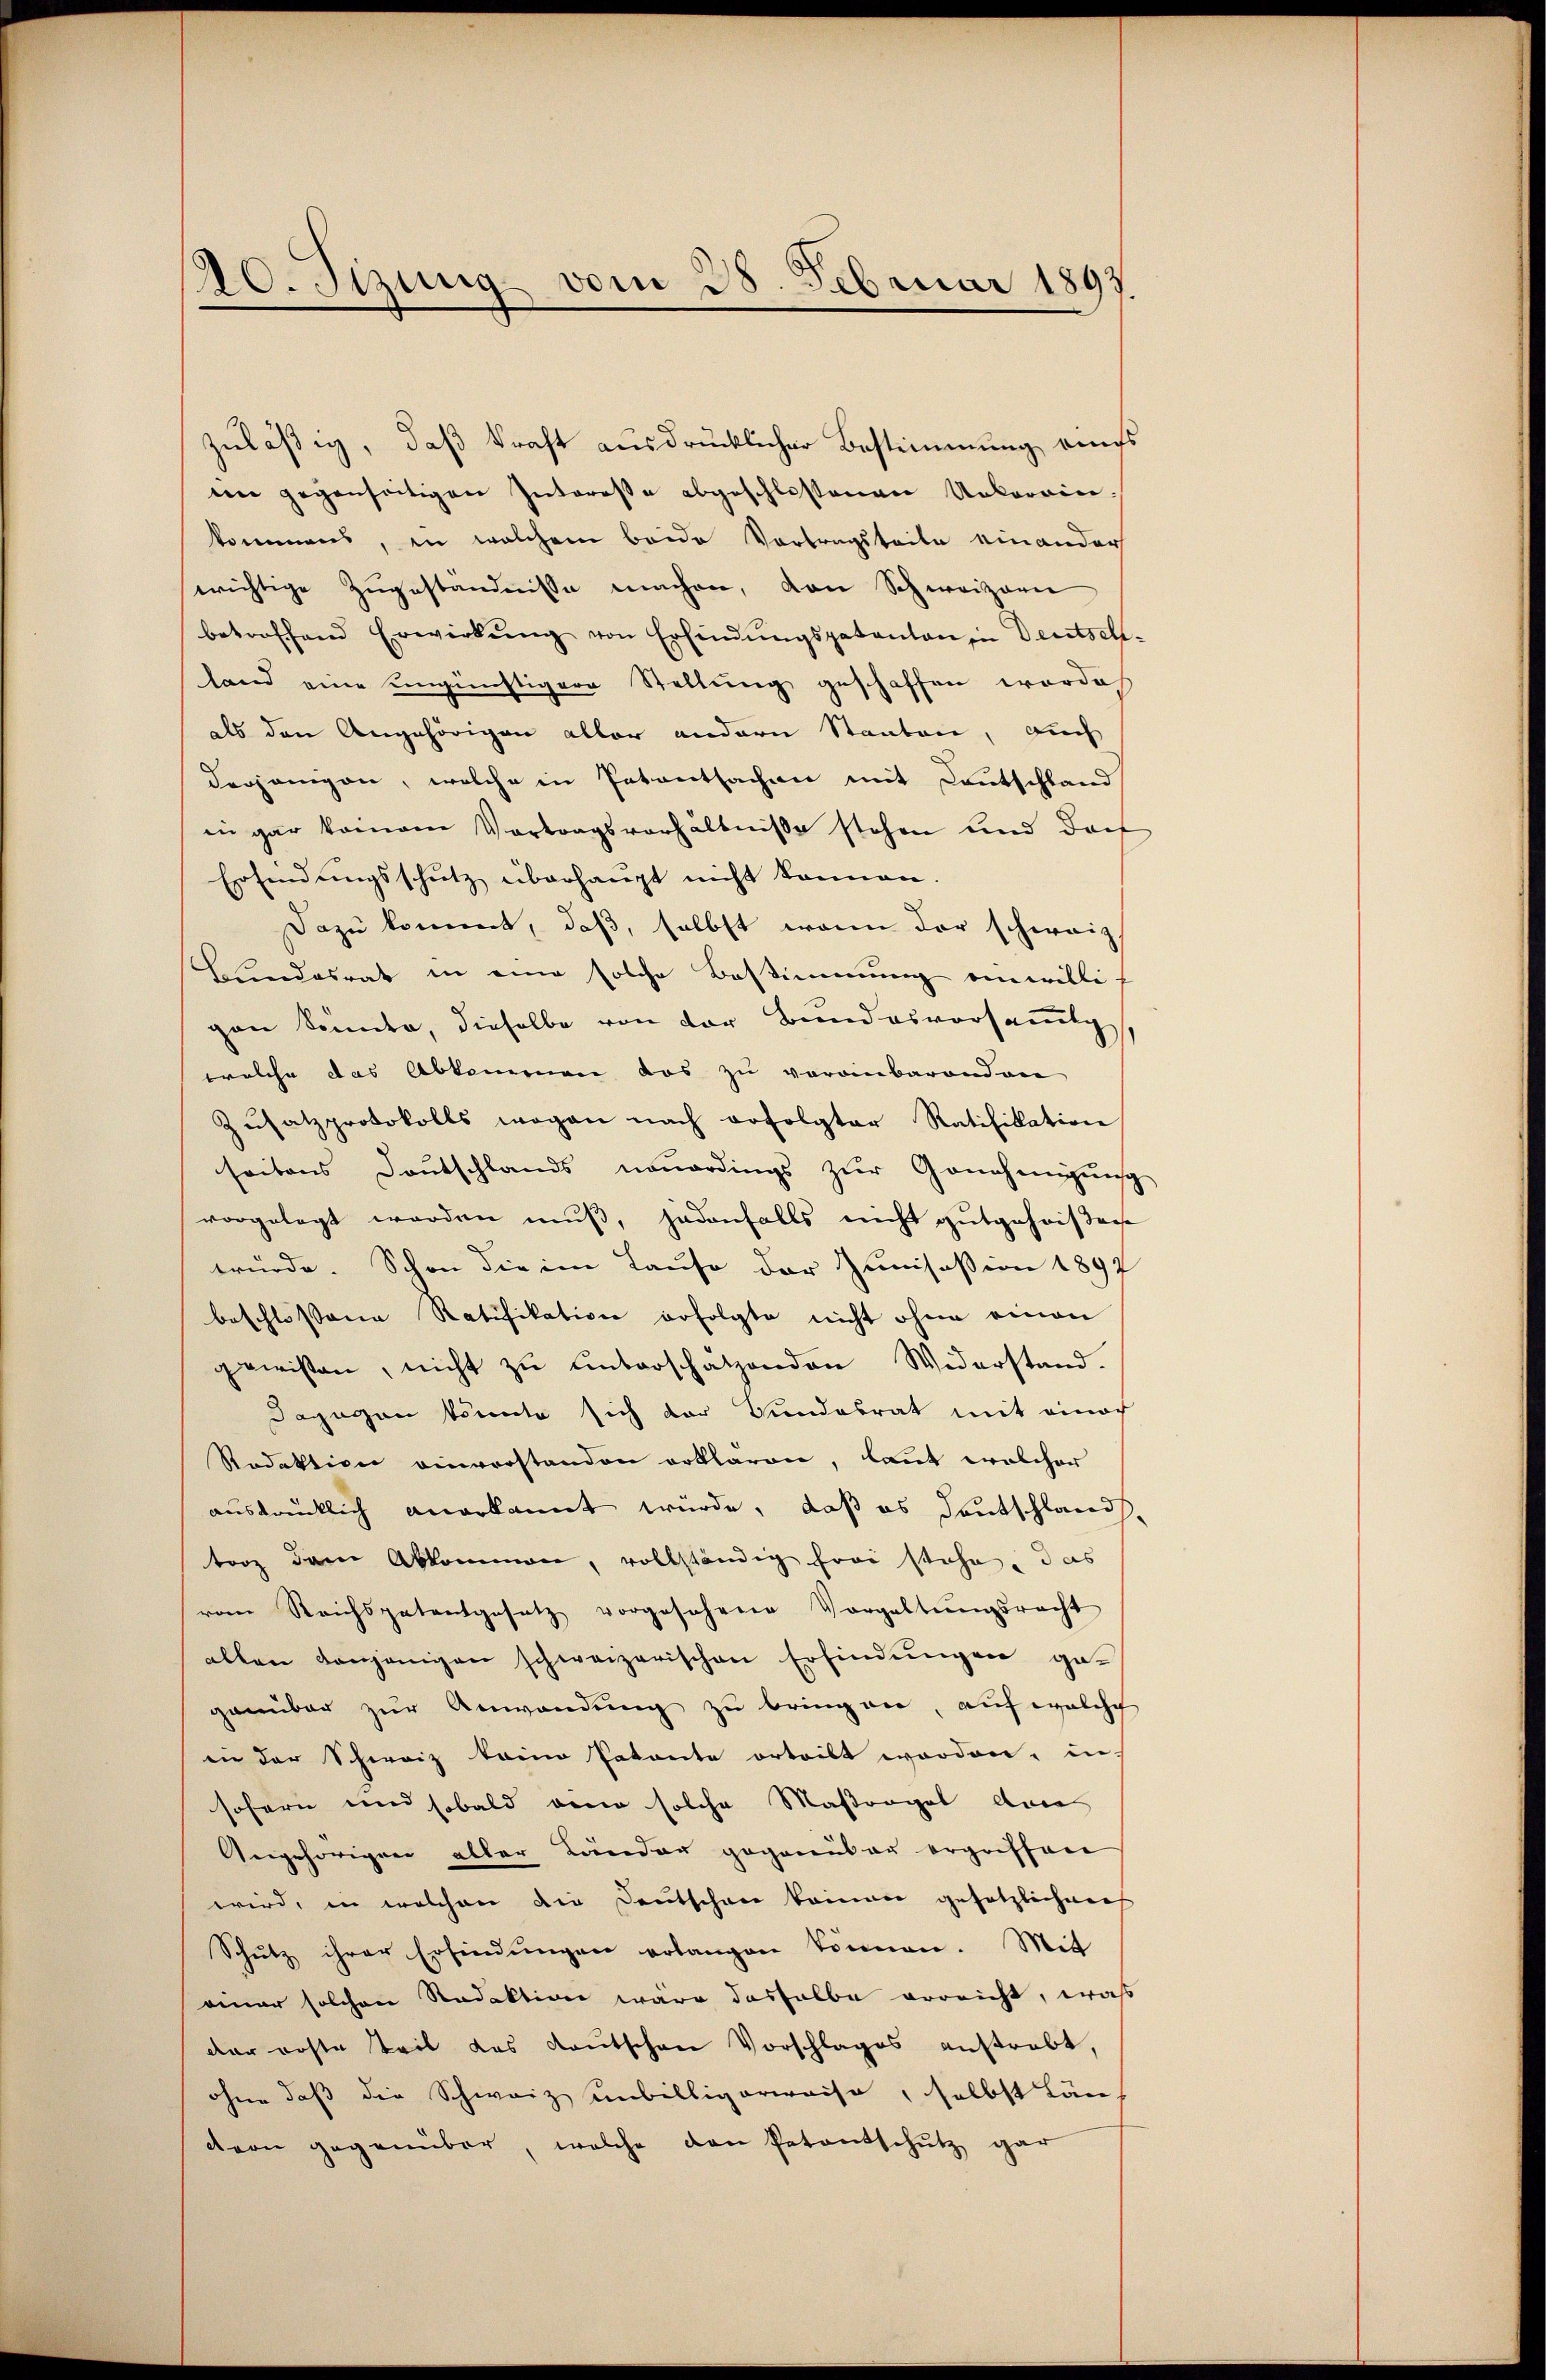
20. Sizung vom 28. Februar 1893

zuläßig, daß kraft ausdrücklicher Bestimmung eines
ten gegenseitigen Intereße abgeschlossenen Unkorrin-
kommens, in welchem beide Vortragsteile einander
wichtige Zugeständnisse machen, den Schweizern
betroffend Erwirkŭng von Erfindŭngspatanton in Deutsch-
land eine ungünstigere Stellung geschaffen worde
als den Angehörigen aller andern Staaten, auch
derjenigen, welche in Petentsachen mit Deutschland
in gar keinem Vortragsverhältnisse stehen und darf
Erfindungsschutz überhaupt nicht können.
Dazu kommt, daß, selbst wenn der schweiz.
shundesrat in eine solche Bestimmung einwillig
gen kunder, dieselbe von der Bundesvorsammt,
welche das Abkommen das zu veranbarenden
Zŭsatzprotokolls wegen nach erfolgter Ratifikation
seitens Deutschlands neuerdings zŭr Genehmigŭng
vorgelegt worden muß, jedenfalls nicht gutgehorsache
würde. Schon die im Hause der Zumisession 1897
beschlossene Ratifikation erfolgte nicht ohne einen
gewissen, nicht zu unterschätzenden Widerstand.
dagegen könnte sich der Bundesrat mit einach
Redaktion einverstanden erklären, laut welcher
ausdrücklich anerkannt würde, daß es Deutschland,
torz dem Abkommen, vollständig frei stehe, das
vom Reichspatentgesetz vorgesehene Vorgaltŭngsrecht
allen denjenigen schweizerischen Erfindungen gegenüber zur Anwendung zu bringen, auf welche
in der Schweiz keine Patente orteilt worden, in-
sofern und sobald eine solche Maßregel anne
Angehörigen aller Länder gegenüber ergriffen
wird, in welchen die Deutschen kommen gesetzlichen
Schutz ihrer Erfindungen erlangen können. Mit
einer solchen Redaktion wäre deshalbe erreicht, was
dar erste Teil das Kautschen Vorschlages anstrebt,
ohne daß die Schweiz unbilligerweise, selbst Länc von gegenüber, welche den Petentschutz gar